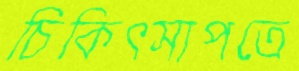
চিকিৎসাপত্রে